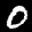
Label: 0